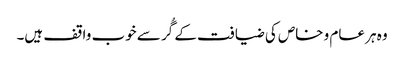
وہ ہر عام و خاص کی ضیافت کے گُر سے خوب واقف ہیں۔